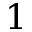
1